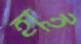
হাই